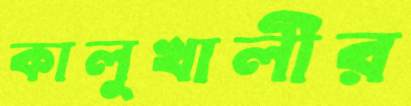
কালুখালীর